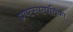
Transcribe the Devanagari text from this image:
प्रवत्स्यत्पतिका